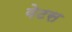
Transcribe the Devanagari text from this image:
वेटस